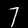
Digit: 7